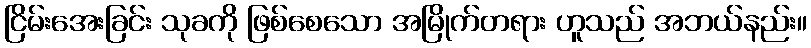
ငြိမ်းအေးခြင်း သုခကို ဖြစ်စေသော အမြိုက်တရား ဟူသည် အဘယ်နည်း။